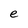
Character: e